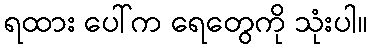
ရထား ပေါ်က ရေတွေကို သုံးပါ။